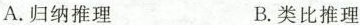
A.归纳推理 B.类比推理